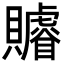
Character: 䞊